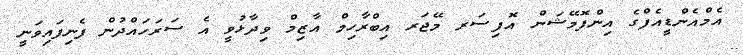
އެމްއެންޑީއެފްގެ އިންފޮމޭޝަން އޮފިސަރ މޭޖަރ އިބްރާހިމް އާޒިމް ވިދާޅުވީ އެ ސަރަހައްދުން ފެނިފައިވަނީ